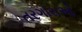
તરગારાઓ